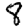
Digit: 8